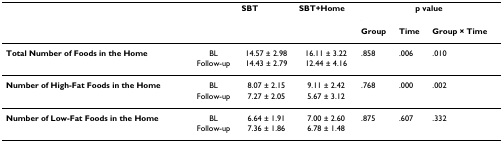
|  |  | SBT | SBT+Home | <COLSPAN=3> p value |
 |  |  |  |  | Group | Time | Group × Time |
 | --- | --- | --- | --- | --- | --- | --- |
 | Total Number of Foods in the Home | BL | 14.57 ± 2.98 | 16.11 ± 3.22 | .858 | .006 | .010 |
 |  | Follow-up | 14.43 ± 2.79 | 12.44 ± 4.16 |  |  |  |
 | Number of High-Fat Foods in the Home | BL | 8.07 ± 2.15 | 9.11 ± 2.42 | .768 | .000 | .002 |
 |  | Follow-up | 7.27 ± 2.05 | 5.67 ± 3.12 |  |  |  |
 | Number of Low-Fat Foods in the Home | BL | 6.64 ± 1.91 | 7.00 ± 2.60 | .875 | .607 | .332 |
 |  | Follow-up | 7.36 ± 1.86 | 6.78 ± 1.48 |  |  |  |